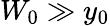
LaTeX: W_{0}\gg y_{0}